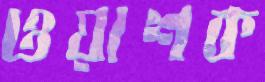
ওয়াশক